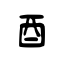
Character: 酉